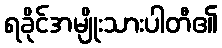
ရခိုင်အမျိုးသားပါတီ၏